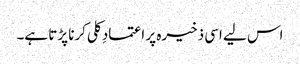
اس لیے اسی ذخیرہ پر اعتمادِ کلی کرنا پڑتا ہے۔